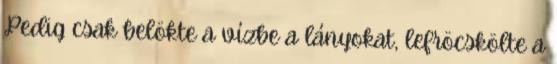
Pedig csak belökte a vízbe a lányokat, lefröcskölte a